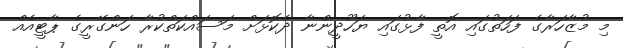
މި މުޒާހަރާގެ ފަހަތުގައި އޮތީ ފާޅުގައި ޔަހޫދީންނާ ދެކޮޅަށް މަސައްކަތްކުރާ ހަންގޭރީގެ ޕާޓީއެއް